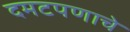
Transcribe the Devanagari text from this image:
दमटपणाचे